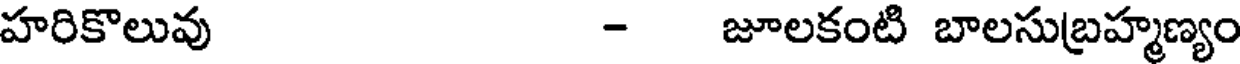
హరికొలువు - జూలకంటి బాలసుబ్రహ్మణ్యం